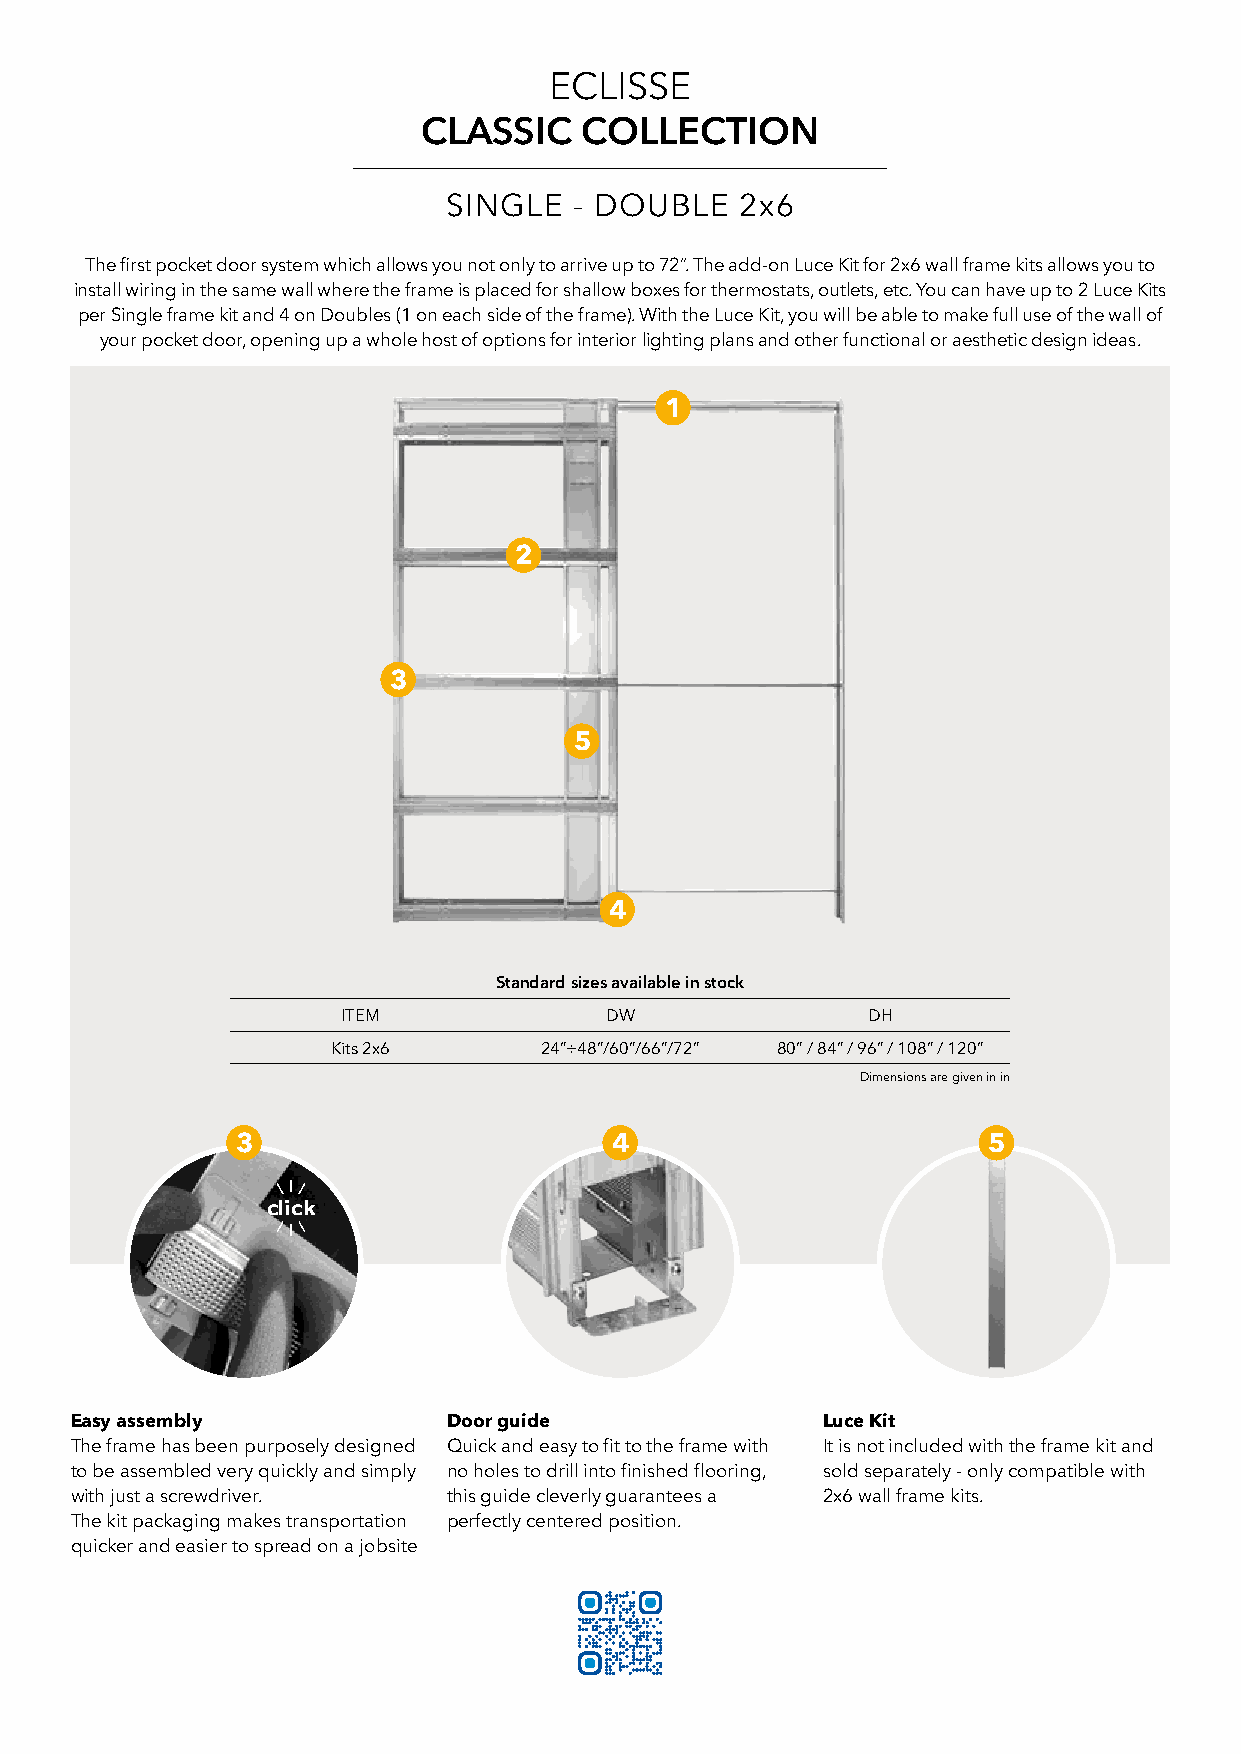
ECLISSE
 CLASSIC   COLLECTION
 SINGLE  - DOUBLE   2x6
 The first pocket door system which allows you not only to arrive up to 72”. The add-on Luce Kit for 2x6 wall frame kits allows you to
 install wiring in the same wall where the frame is placed for shallow boxes for thermostats, outlets, etc. You can have up to 2 Luce Kits
 per Single frame kit and 4 on Doubles (1 on each side of the frame). With the Luce Kit, you will be able to make full use of the wall of
 your pocket door, opening up a whole host of options for interior lighting plans and other functional or aesthetic design ideas.
 1
 2
 3
 5
 4
 Standard sizes available in stock
 ITEM             DW               DH
 Kits 2x6      24”÷48”/60”/66”/72” 80” / 84” / 96” / 108” / 120”
 Dimensions are given in in
 3                       4                        5
 click
 Easy assembly            Door guide              Luce Kit
 The frame has been purposely designed Quick and easy to fit to the frame with It is not included with the frame kit and
 to be assembled very quickly and simply no holes to drill into finished flooring, sold separately - only compatible with
 with just a screwdriver. this guide cleverly guarantees a 2x6 wall frame kits.
 The kit packaging makes transportation perfectly centered position.
 quicker and easier to spread on a jobsite